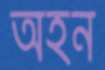
অহন